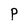
Character: P